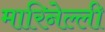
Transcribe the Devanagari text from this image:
मारिनेल्ली